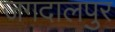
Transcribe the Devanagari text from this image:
जगदालपुर